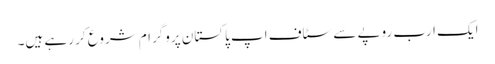
ایک ارب روپے سے سٹاف اپ پاکستان پروگرام شروع کر رہے ہیں۔